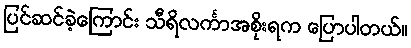
ပြင်ဆင်ခဲ့ကြောင်း သီရိလင်္ကာအစိုးရက ပြောပါတယ်။